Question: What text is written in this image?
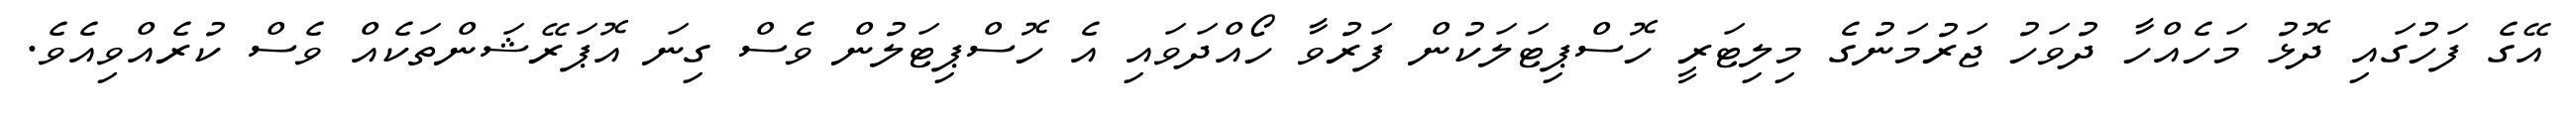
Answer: އޭގެ ފަހުގައި ދޮޅު މަހެއްހާ ދުވަހު ޖަރުމަނުގެ މިލިޓަރީ ހޮސްޕިޓަލަކުން ފަރުވާ ހޯއްދަވައި އެ ހޮސްޕިޓަލުން ވެސް ގިނަ އޮޕަރޭޝަންތަކެއް ވެސް ކުރެއްވިއެވެ.